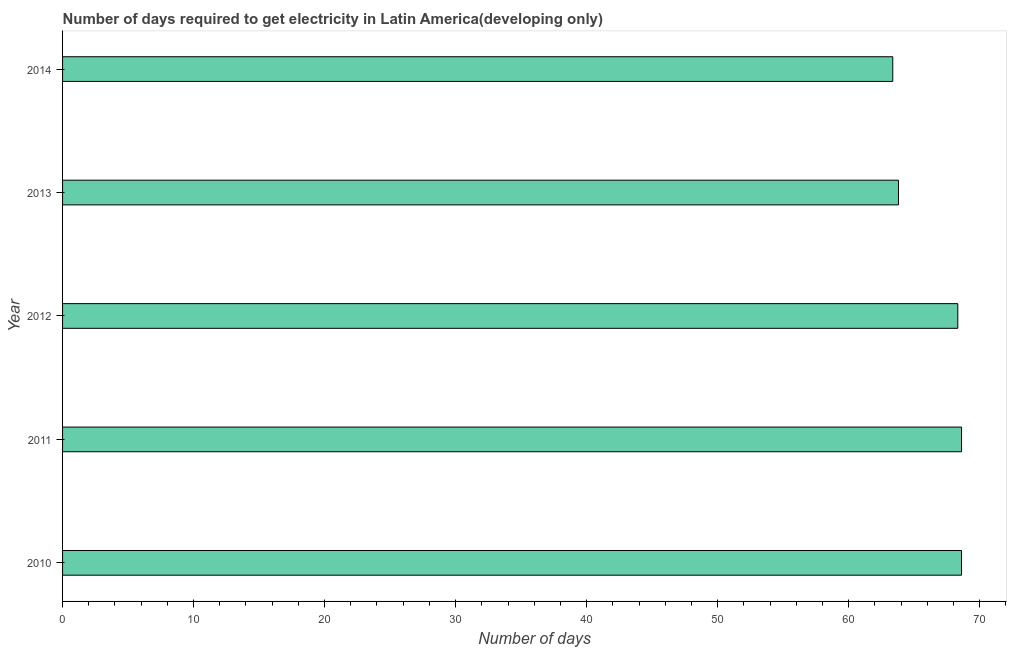
| Year | Time to get electricity |
 | --- | --- |
 | 2010 | 68.6 |
 | 2011 | 68.6 |
 | 2012 | 68.3 |
 | 2013 | 63.8 |
 | 2014 | 63.4 |